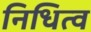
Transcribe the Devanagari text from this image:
निधित्व